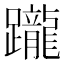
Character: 躘